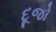
દૂજો